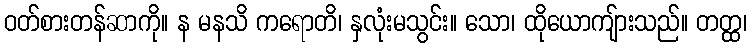
ဝတ်စားတန်ဆာကို။ န မနသိ ကရောတိ၊ နှလုံးမသွင်း။ သော၊ ထိုယောကျ်ားသည်။ တတ္ထ၊